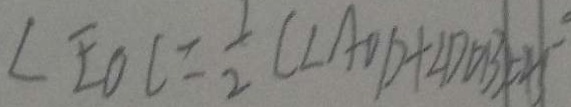
\angle E O C = \frac { 1 } { 2 } ( \angle A O D + \angle D O B ) = 4 5